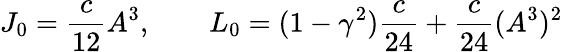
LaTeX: J_{0}=\frac{c}{12}A^{3},\qquad L_{0}=(1-\gamma^{2})\frac{c}{24}+\frac{c}{24}(A^{3})^{2}